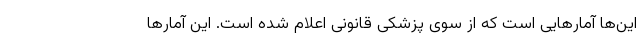
این‌ها آمارهایی است که از سوی پزشکی قانونی اعلام شده است. این آمارها